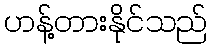
ဟန့်တားနိုင်သည်